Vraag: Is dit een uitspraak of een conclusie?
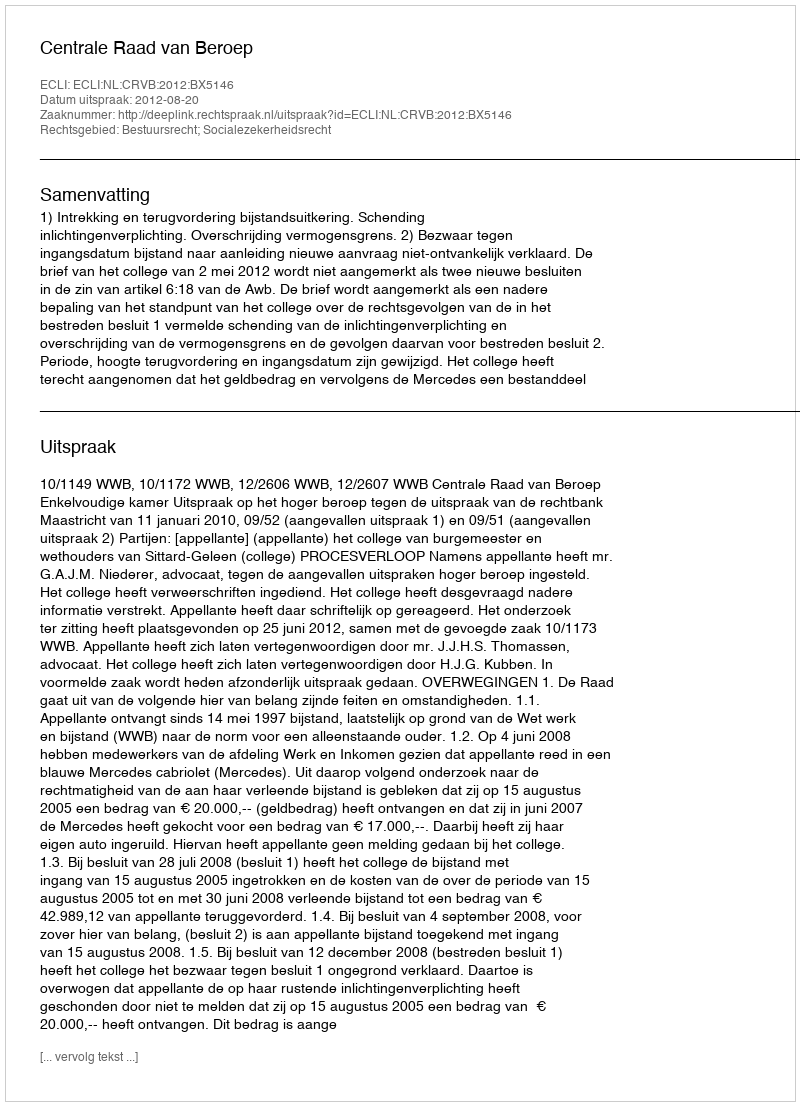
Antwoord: Uitspraak